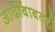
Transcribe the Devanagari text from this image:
आदींबाबतही